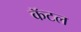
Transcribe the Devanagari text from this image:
कॅटल